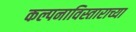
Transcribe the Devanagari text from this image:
कल्पनाविस्ताराच्या